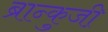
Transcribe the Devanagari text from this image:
ब्रान्कुजी़